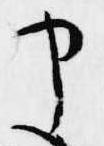
申